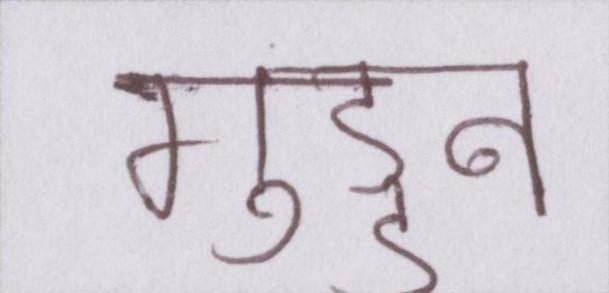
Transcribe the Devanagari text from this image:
गुड्डन